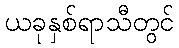
ယခုနှစ်ရာသီတွင်